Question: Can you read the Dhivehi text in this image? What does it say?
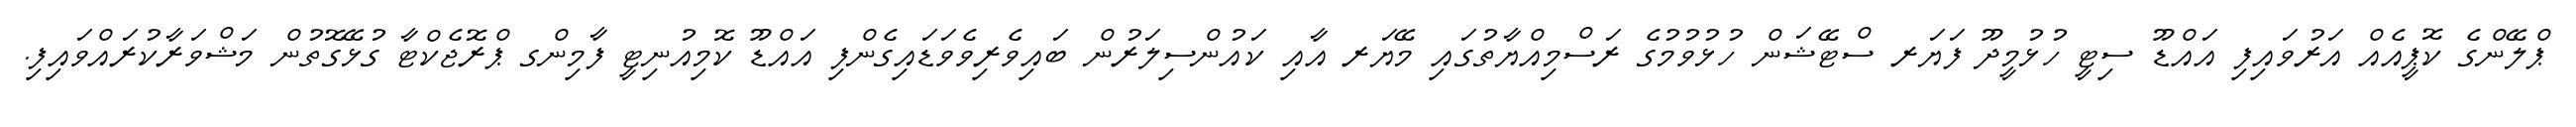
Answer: ޕްލޭންގެ ކޮޕީއެއް އަރުވައިފި އައްޑޫ ސިޓީ ހުޅުމީދޫ ފަޔަރ ސްޓޭޝަން ހުޅުވުމުގެ ރަސްމިއްޔާތުގައި މޭޔަރ އާއި ކައުންސިލަރުން ބައިވެރިވެވަޑައިގެންފި އައްޑޫ ކޮމިއުނިޓީ ފާމިންގ ޕްރޮޖެކްޓާ ގުޅޭގޮތުން މަޝްވަރާކުރައްވައިފި.